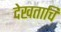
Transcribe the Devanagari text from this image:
देखताचि